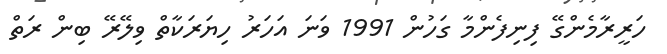
ހަރީރާމެންގޭ ފިނިފެންމާ ގަހުން 1991 ވަނަ އަހަރު ހިޔަރަކާތް ވިލޭރޭ ބިން ރަތް